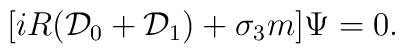
[iR({\cal D}_0+{\cal D}_1)+\sigma_3 m]\Psi=0.